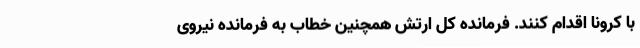
با کرونا اقدام کنند. فرمانده کل ارتش همچنین خطاب به فرمانده نیروی